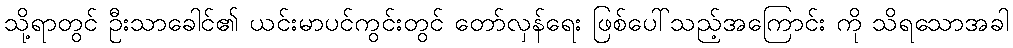
သို့ရာတွင် ဦးသာခေါင်၏ ယင်းမာပင်ကွင်းတွင် တော်လှန်ရေး ဖြစ်ပေါ်သည့်အကြောင်း ကို သိရသောအခါ